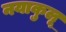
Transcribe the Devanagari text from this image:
नयाकुलू